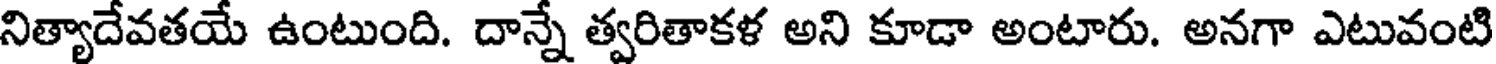
నిత్యాదేవతయే ఉంటుంది. దాన్నే త్వరితాకళ అని కూడా అంటారు. అనగా ఎటువంటి